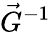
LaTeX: \vec{G}^{-1}